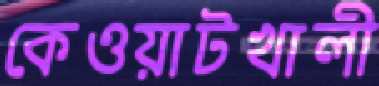
কেওয়াটখালী